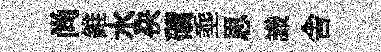
尚錐水袂磧埀思識舎